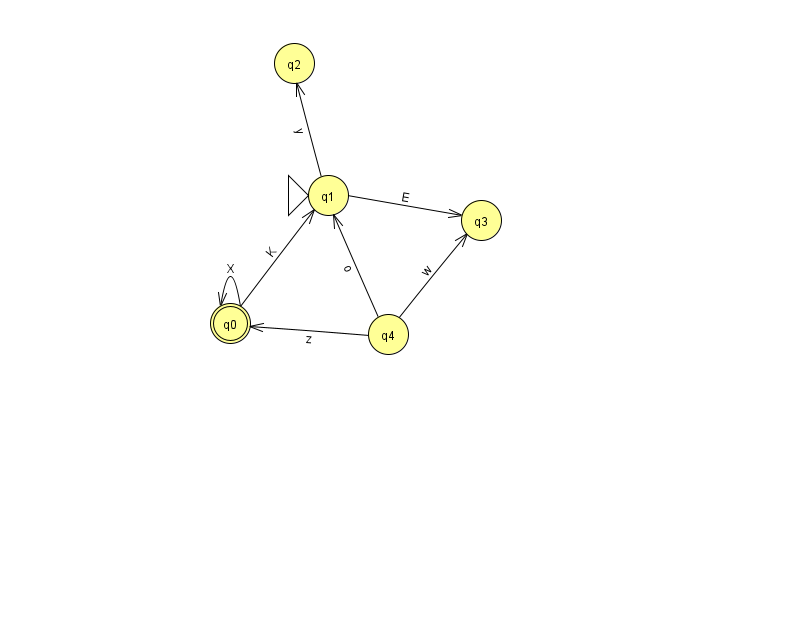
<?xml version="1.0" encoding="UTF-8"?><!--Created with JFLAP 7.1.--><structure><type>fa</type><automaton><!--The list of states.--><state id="0" name="q0"><x>230.0</x><y>310.0</y><final/></state><state id="1" name="q1"><x>328.0</x><y>182.0</y><initial/></state><state id="2" name="q2"><x>294.0</x><y>50.0</y></state><state id="3" name="q3"><x>481.0</x><y>207.0</y></state><state id="4" name="q4"><x>388.0</x><y>321.0</y></state><!--The list of transitions.--><transition><from>1</from><to>2</to><read>y</read></transition><transition><from>0</from><to>0</to><read>X</read></transition><transition><from>0</from><to>1</to><read>K</read></transition><transition><from>1</from><to>3</to><read>E</read></transition><transition><from>4</from><to>1</to><read>o</read></transition><transition><from>4</from><to>0</to><read>z</read></transition><transition><from>4</from><to>3</to><read>w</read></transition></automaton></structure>